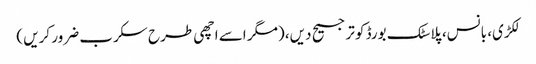
لکڑی، بانس، پلاسٹک بورڈ کو ترجیح دیں، (مگر اسے اچھی طرح سکرب ضرور کریں )